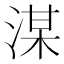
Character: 湈